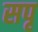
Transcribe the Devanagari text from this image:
सपृ